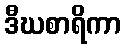
ဒီဃစာရိကာ